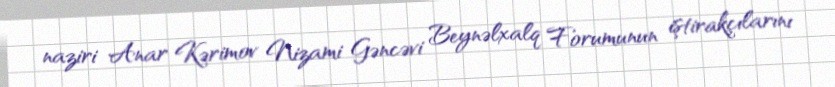
naziri Anar Kərimov Nizami Gəncəvi Beynəlxalq Forumunun iştirakçılarını